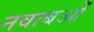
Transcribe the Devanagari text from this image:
नवाबओं